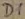
Text: D1